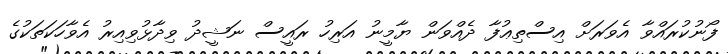
ފޯނުކުރައްވާ އެވަރަށް އިސްތިޢުފާ ދެއްވަން ޔާމީނު އަރިހު ރައީސް ނަޝީދު ވިދާޅުވިއިރު އެވާހަކަތަކުގެ